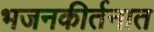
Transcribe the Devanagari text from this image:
भजनकीर्तनात